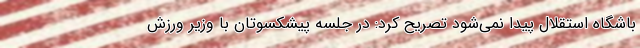
باشگاه استقلال پیدا نمی‌شود تصریح کرد: در جلسه پیشکسوتان با وزیر ورزش